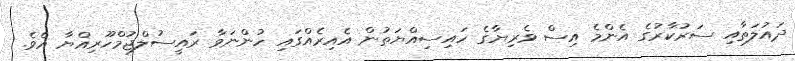
ދައުލަތާއި ސަރުކާރުގެ އެންމެ އިސް ވެރިޔާގެ ހައިސިއްޔަތުން އެއިރެއްގައި ހުންނަވާ ރައީސުލްޖުމްހޫރިއްޔާ އެވެ.